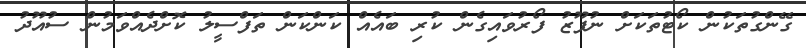
ގޭންގުތަކުން ކޯޓުތަކަށް ނުފޫޒު ފޯރުވައިގެން ކުރި ބައެއް ކަންކަން ތަފްސީލު ކޮށްދެއްވަމުން ސުއޫދު